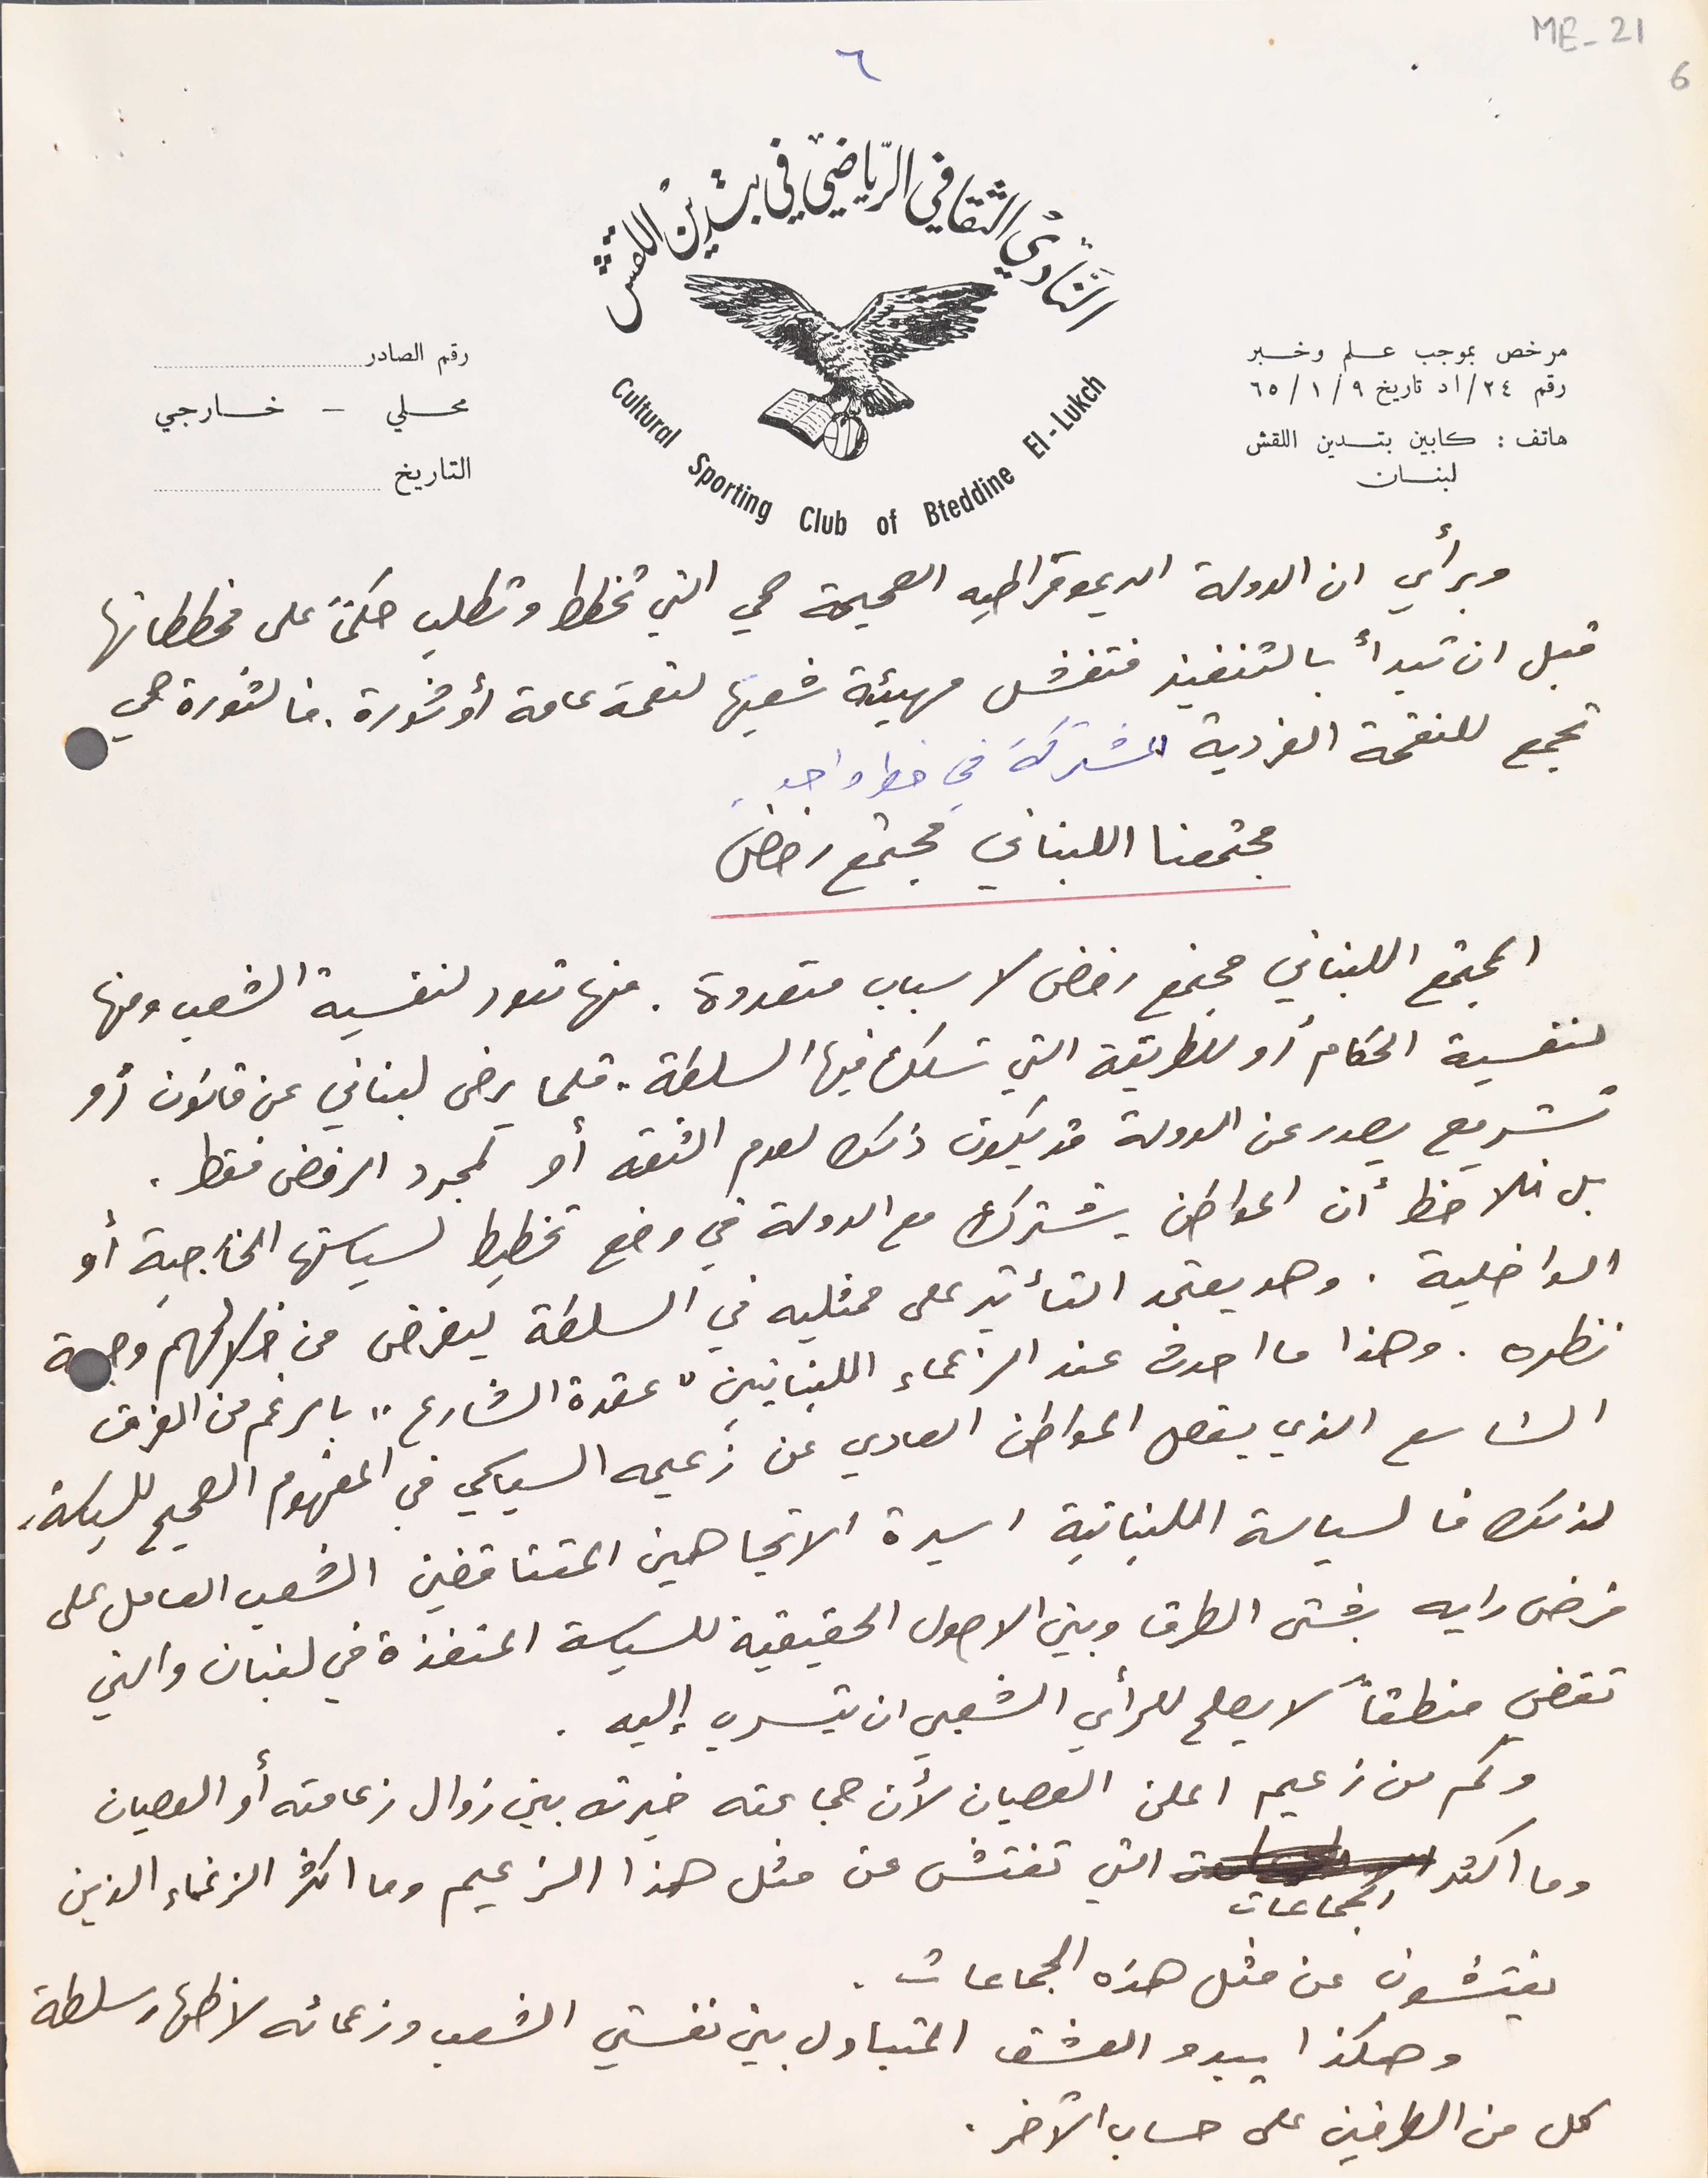
ME - 21 6
التاريخ
وبرأي ان الدولة الديموقراطيه الصحيحة هي التي تخطط وتطلب حكماً على مخططاتها
قبل ان تبدأ بالتنفيذ فتفشل مهيئة شعبها لنقمة عامة أو ثورة. فالثورة هي
تجمع للنقمة الفردية المشتركة في خط واحد.
مجتمعنا اللبناني مجتمع رفض
المجتمع اللبناني مجتمع رفض لاسباب متعددة. منها تعود لنفسية الشعب ومنها
لنفسية الحكام أو للطريقة التي تسلك فيها السلطة. قلما يرضى لبناني عن قانون أو
تشريع يصدر عن الدولة قد يكون ذلك لعدم الثقه او لمجرد الرفض فقط.
بل نلاحظ ان المواطن يشترك مع الدولة في وضع تخطيط لسياستها الخارجية أو
 الداخلية. وهو يعتمد التأثير على ممثليه في السلطة ليفرض من خلالهم وجهة
نظره. وهذا ما احدث عند الزعماء اللبنانيين "عقدة الشارع" بالرغم من الفرق
الشاسع الذي يفصل المواطن العادي عن زعيمه السياسي فى المفهوم الصحيح للسياسة.
لذلك فالسياسة اللبنانية اسيرة الاتجاهين المتناقضين الشعب العامل على
 فرض رايه بشتى الطرق وبين الاصول الحقيقية للسياسة المنفذة في لبنان والتي
تقضي منطقاً لا يصلح للرأي الشعبي ان يتسرب إليه.
 وكم من زعيم اعلن العصيان لأن جماعته خيرته بين زوال زعامته أو العصيان
 وما اكثر الجماعات التي تفتش عن مثل هذا الزعيم وما اكثر الزعماء الذين
مرخص بموجب علم وخبر رقم ٢٤/اد تاريخ ٩/ ١/ ٦٥
هاتف : كابين بتدين اللقش لبنان
النَادي الثقافي الرياضي في بتدين اللقش
رقم الصادر محلي - خارجي
يفتشون عن مثل هذه الجماعات.
وهكذا يبدو العشق المتبادل بين نفستي الشعب وزعمائه لاظهار سلطة
كل من الفريقين على حساب الآخر.
٦